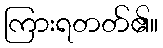
ကြားရတတ်၏။